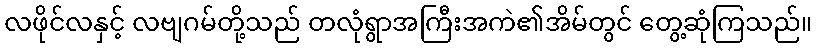
လဖိုင်လနှင့် လဗျဂမ်တို့သည် တလုံရွာအကြီးအကဲ၏အိမ်တွင် တွေ့ဆုံကြသည်။